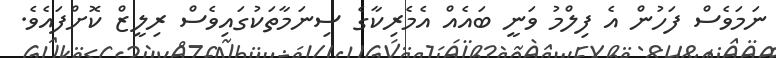
ނަމަވެސް ފަހުން އެ ފިލްމު ވަނީ ބައެއް އެމެރިކާގެ ސިނަމާތަކުގައިވެސް ރިލީޒް ކޮށްފައެވެ.